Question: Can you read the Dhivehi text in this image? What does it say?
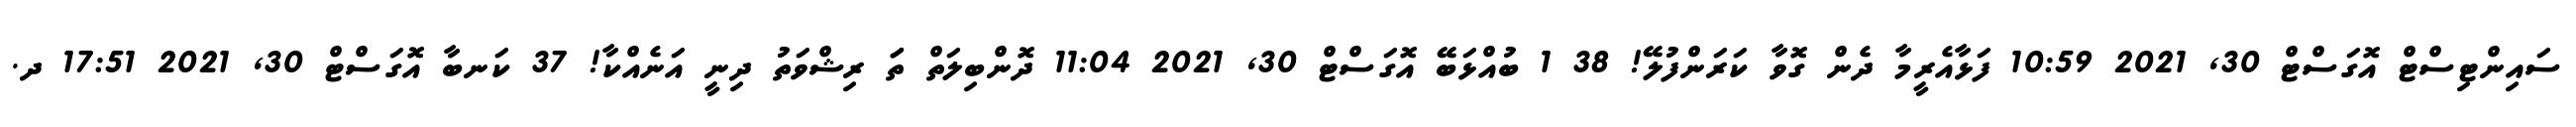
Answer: ސައިންޓިސްޓް އޮގަސްޓް 30, 2021 10:59 ފަޅާއެރީމާ ދެން ގޮވާ ކަރަންފުލޭ! 38 1 ބުއްޅަބޭ އޮގަސްޓް 30, 2021 11:04 ދޮންބިލަތް ތަަ ރިޝްވަތު ދިނީ އަނެއްކާ! 37 ކަނބާ އޮގަސްޓް 30, 2021 17:51 ދ.